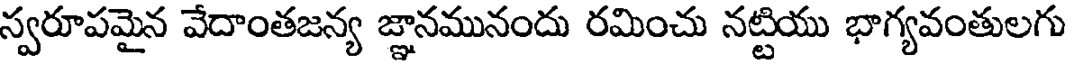
స్వరూపమైన వేదాంతజన్య జ్ఞానమునందు రమించు నట్టియు భాగ్యవంతులగు